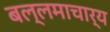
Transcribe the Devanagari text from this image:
बल्लमाचार्य